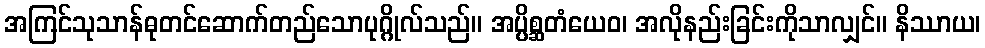
အကြင်သုသာန်ဓုတင်ဆောက်တည်သောပုဂ္ဂိုလ်သည်။ အပ္ပိစ္ဆတံယေဝ၊ အလိုနည်းခြင်းကိုသာလျှင်။ နိဿာယ၊